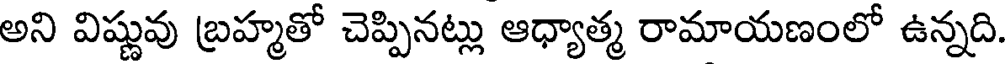
అని విష్ణువు బ్రహ్మతో చెప్పినట్లు ఆధ్యాత్మ రామాయణంలో ఉన్నది.